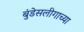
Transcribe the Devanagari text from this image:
बुंडेसलीगाच्या